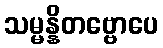
သမ္မန္နိတဗ္ဗောပေ